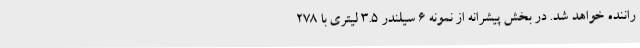
راننده خواهد شد. در بخش پیشرانه از نمونه 6 سیلندر 3.5 لیتری با 278